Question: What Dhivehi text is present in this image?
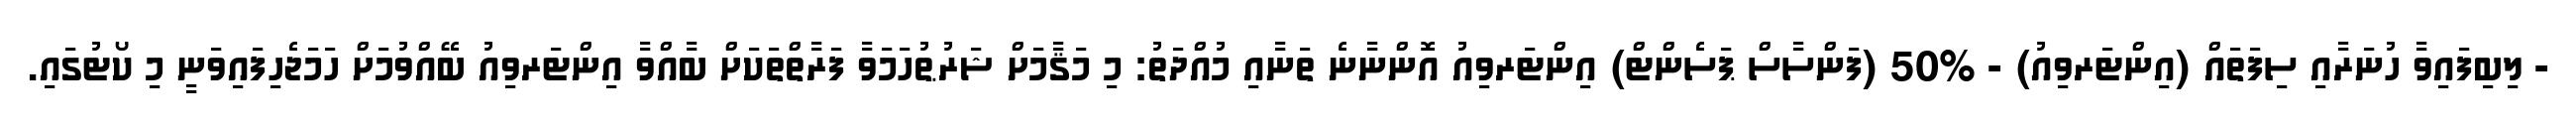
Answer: - ލިބިފައިވާ ހުނަރާއި ސިފަތައް (އިންޓަރވިއު) - %50 (ފަންސާސް ޕަސެންޓް) އިންޓަރވިއު އޮންނާނެ ތަނާއި މުއްދަތު: މި މަޤާމަށް ޝަރުޠުހަމަވާ ފަރާތްތަކަށް ބާއްވާ އިންޓަރވިއު ބޭއްވުމަށް ހަމަޖެހިފައިވަނީ މި ކޯޓުގައި.